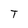
Character: T